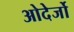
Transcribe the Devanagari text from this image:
ओदेर्जो